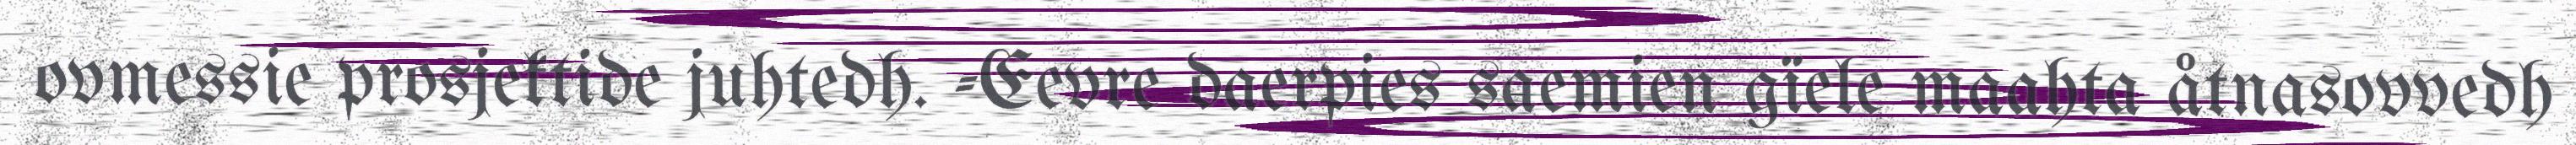
ovmessie prosjektide juhtedh. -Eevre daerpies saemien gïele maahta åtnasovvedh